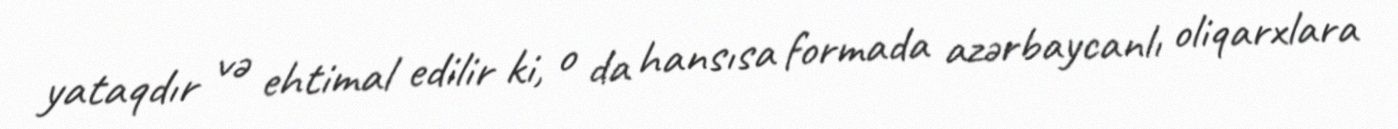
yataqdır və ehtimal edilir ki, o da hansısa formada azərbaycanlı oliqarxlara